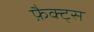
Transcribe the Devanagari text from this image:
फ़ैक्ट्स